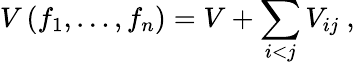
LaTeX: V\left(f_{1},\dots,f_{n}\right)=V+\sum_{i<j}V_{ij}\ ,